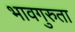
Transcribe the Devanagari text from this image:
भावगुरुता